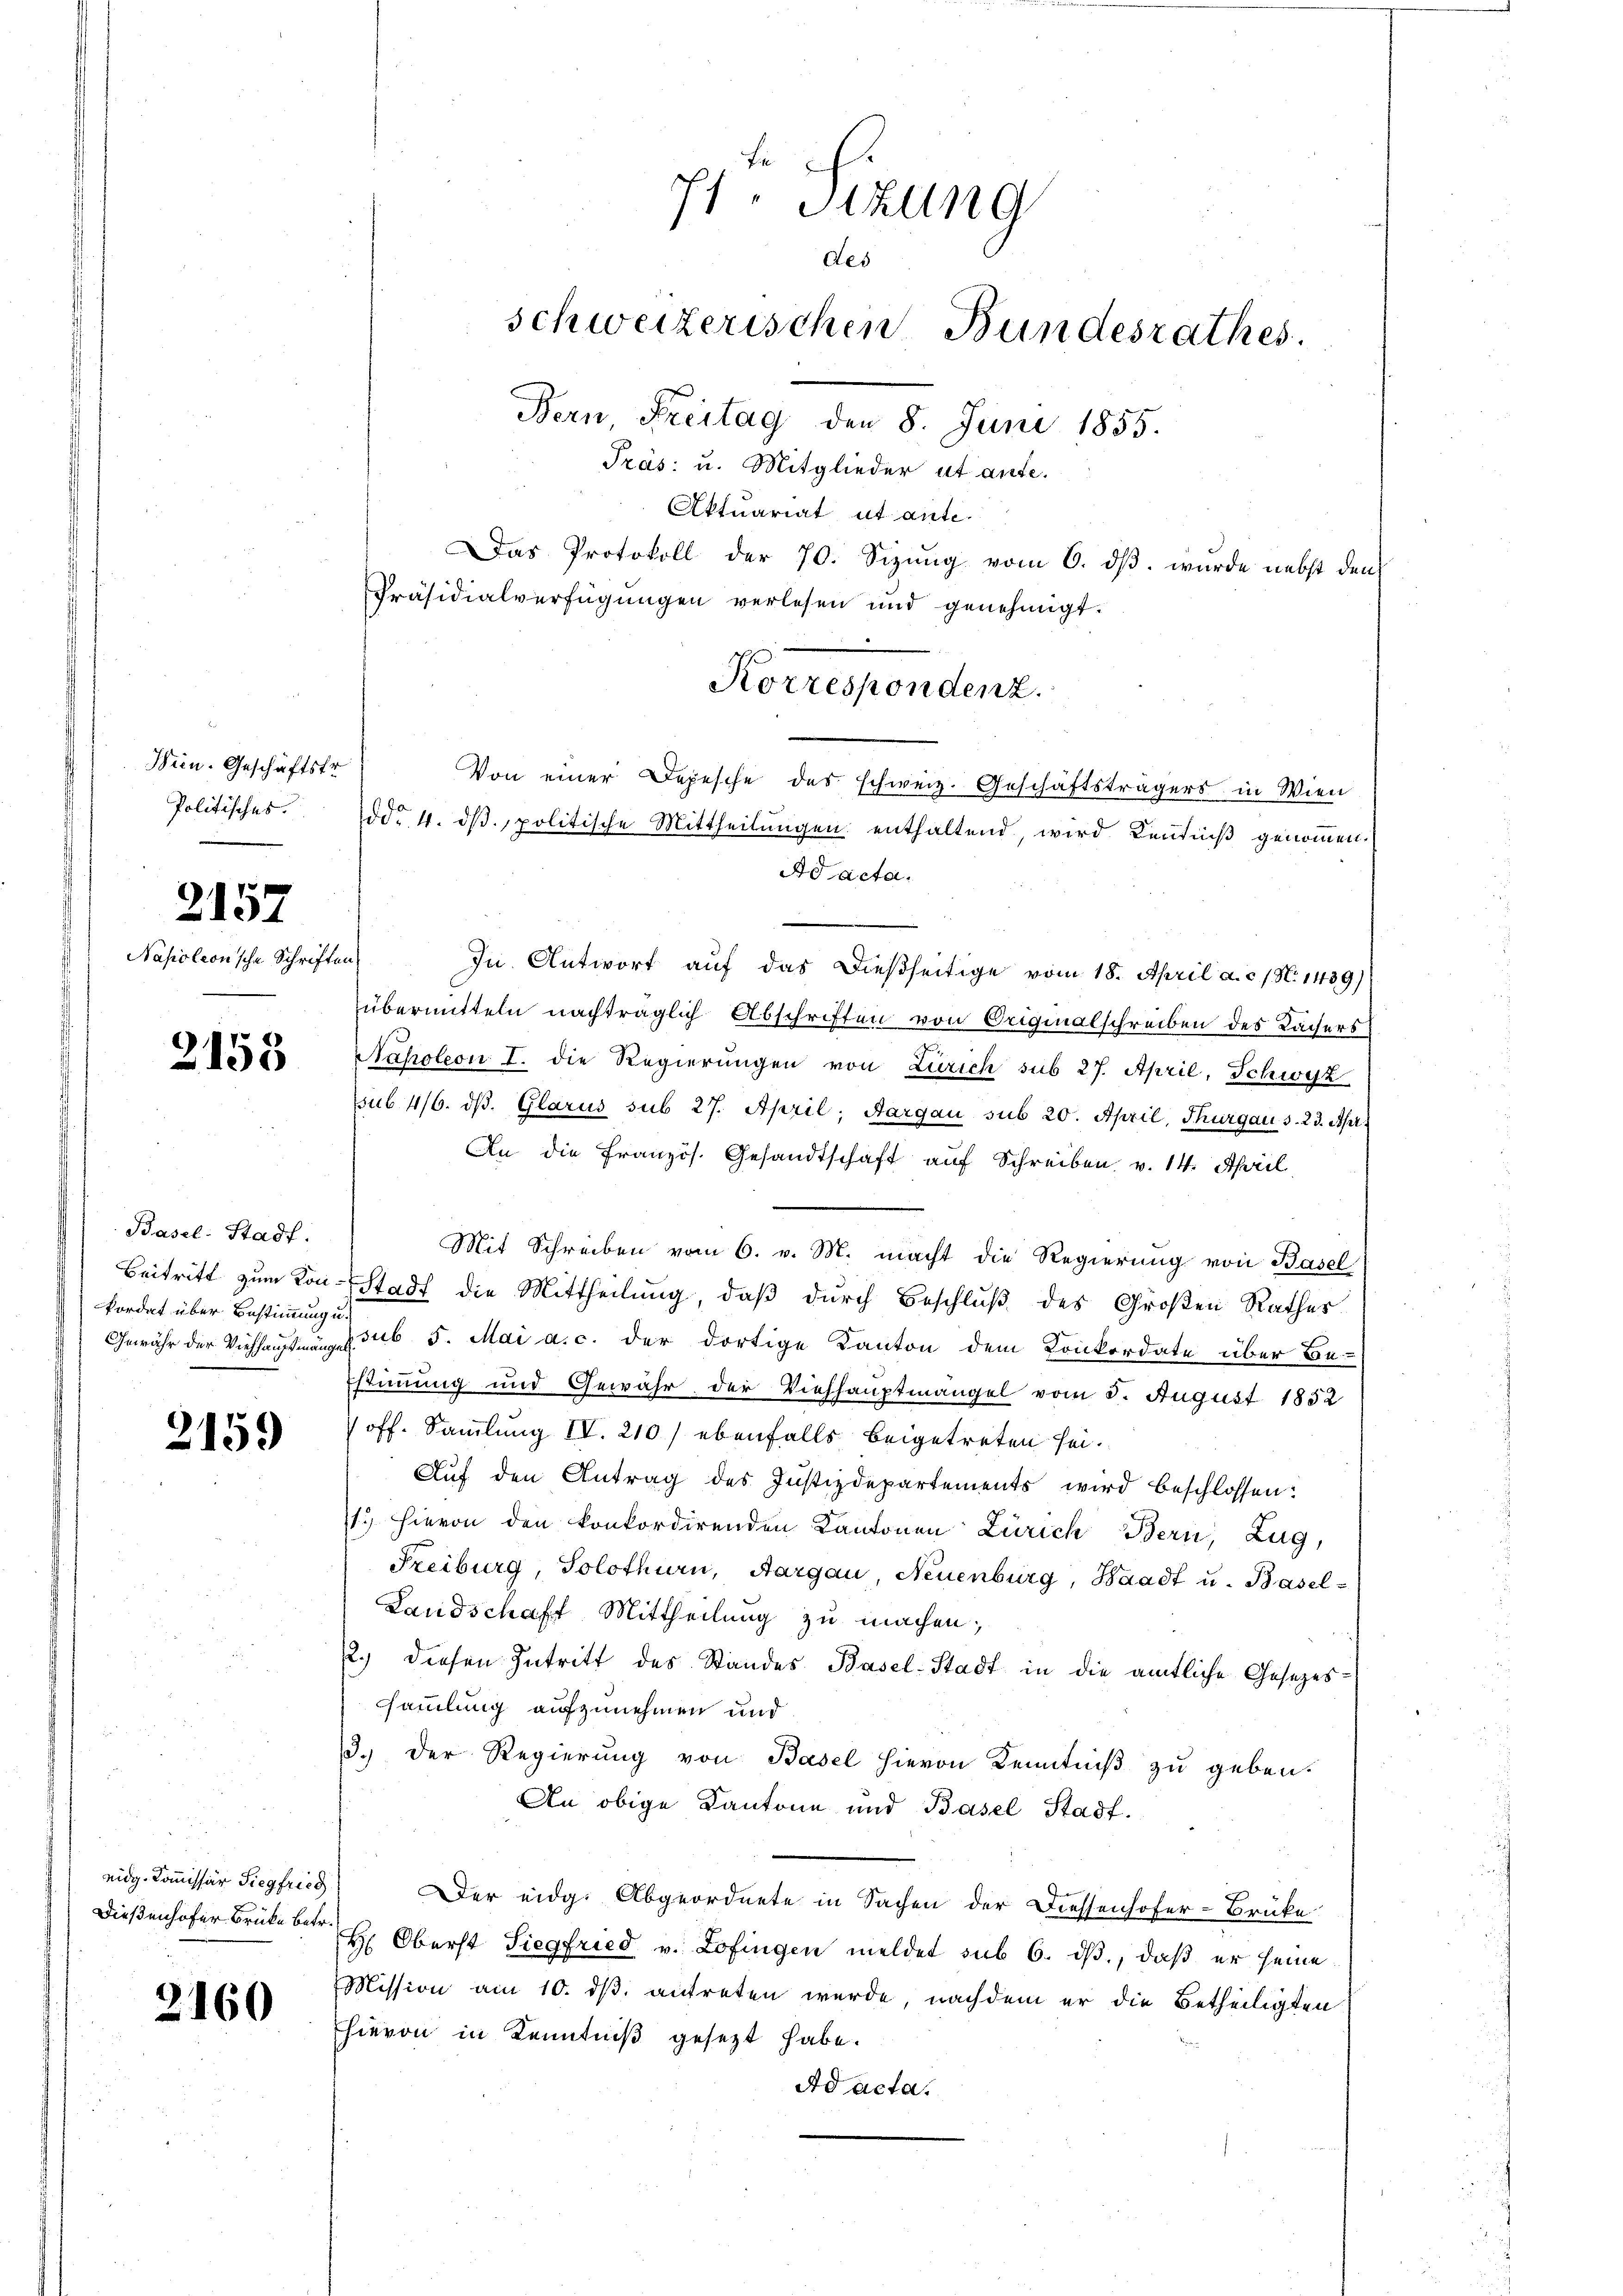
Wein. Geschäftstr
Politisches.

2157

Napoleon’sche Schriften

2153

Basel-Stadt.
Beitritt zum Kon-
kordat über Bestimmung u.
Gewähr der Viehhauptmänge

2159

eidg. Kommissär Siegfried
Dießenhofer Brücke betr.

2160

71. Sizung
des
schweizerischen Bundesrathes.
Fern Freitag den 8. Juni 1855.
Præs: u. Mitglieder ut aufe.
Aktuariat ut ante.
Das Protokoll der 70. Sizung vom 6. dβ. wurde nebst den
Präsidialverfügungen verlesen und genehmigt.

In Antwort auf das dießseitige vom 18. April a. c. / N. 1439)
übermitteln nachträglich Abschriften von Originalschreiben des Lächers
Napoleon I. die Regierungen von Zürich sub 27. April, Schwyz
ssub. 416. ds. Glarus sub 27. April; Aargau sub 20. April, Thurgau s. 23. Apr
An die Französ. Gesandtschaft auf Schreiben v. 14. April
Mit Schreiben vom 6. v. M. macht die Regierung von Basel
Stadt die Mittheilung, daß durch Beschluß des Großen Rathes
psub 5. Mai a.c. der dortige Kanton dem Konkordate über Be-
stimmung und Gewähr der Viehhauptmangel vom 5. August 1852
off. Sammlung IV. 210) ebenfalls beigetreten sei.
Auf den Antrag des Justizdepartements wird beschlossen:
1.) Hievon den konkordirenden Kantonen Zürich Bern, Zug,
Freiburg, Solothurn, Aargau, Neuenburg, Waadt u. Basel-
Landschaft Mittheilung zu machen,
2.) diesen Intritt des Standes Basel-Stadt in die amtliche Gesetzes
sammlung aufzunehmen und
3.) Der Regierung von Basel hievon Kenntniß zu geben.
An obige Kantone und Basel Stadt.
Der eidg. Abgeordnete in Sachen der Diessenhofer-Brüke
H. Oberst Siegfried v. Lofingen meldet sub 6. ds., daß er seine
Mission am 10. dβ antreten wurde, nachdem er die Betheiligten
hievon in Kenntniß gesetzt habe.
Ad acta.

Korrespondenz.
Von einer Depesche des schweiz. Geschäftsträgers in Wien
dd° 4. dβ, politische Mittheilungen enthaltend, wird Kenntniß genommen.
Ad acta.